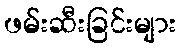
ဖမ်းဆီးခြင်းများ